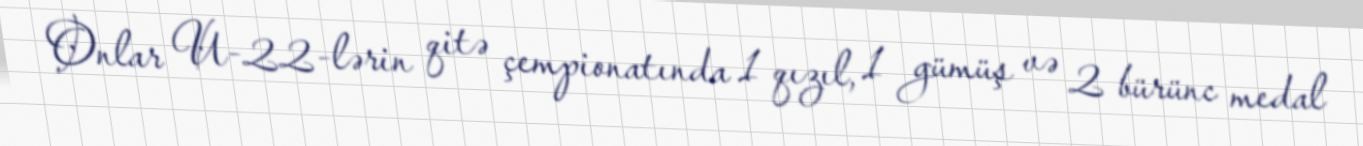
Onlar U-22-lərin qitə çempionatında 1 qızıl, 1 gümüş və 2 bürünc medal